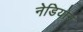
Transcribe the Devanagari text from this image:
नेडियोन